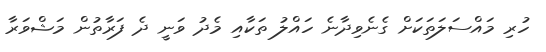
ހުރި މައްސަލަތަކަށް ގެނެވިދާނެ ހައްލު ތަކާއި މެދު ވަނީ ދެ ފަރާތުން މަޝްވަރާ